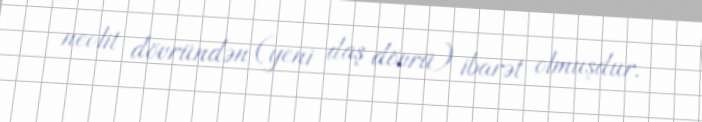
neolit dövründən (yeni daş dövrü) ibarət olmuşdur.